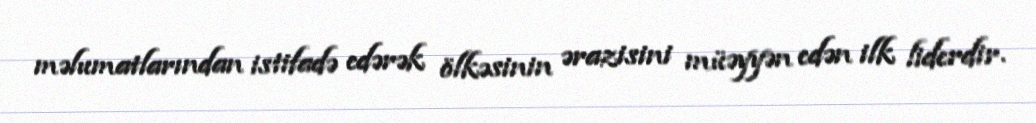
məlumatlarından istifadə edərək ölkəsinin ərazisini müəyyən edən ilk liderdir.